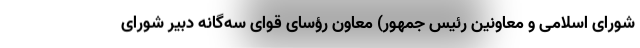
شورای اسلامی و معاونین رئیس جمهور) معاون رؤسای قوای سه‌گانه دبیر شورای